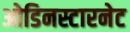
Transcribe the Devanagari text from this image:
ओडिनस्टारनेट